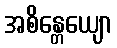
အစိန္တေယျော